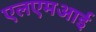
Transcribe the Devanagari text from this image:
एलएमआई